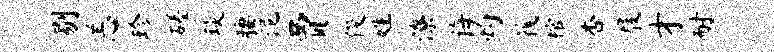
剔恙珍磋琰腰泥贾俊姓潦诲灼筏棺杏屐才耐